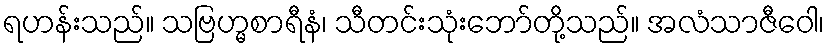
ရဟန်းသည်။ သဗြဟ္မစာရီနံ၊ သီတင်းသုံးဘော်တို့သည်။ အလံသာဇီဝေါ၊